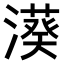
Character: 𣿮